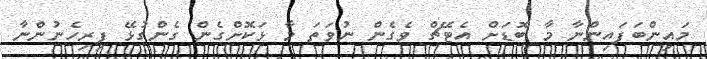
މައިންބަފައިންނާ މާ ބޮޑަށް އެޓޭޗް ވެގެން ނުވަތަ މާ ޅަކޮށްގެން ގެންގުޅޭ ފިރިހެނުންނާ